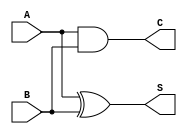
module CarryLookaheadHalfAdder (
    input wire A,    // First single-bit input
    input wire B,    // Second single-bit input
    output wire S,   // Sum output
    output wire C    // Carry output
);

    // Generate (G) and Propagate (P) signals
    wire G;  // Carry Generate
    wire P;  // Carry Propagate

    // Logic for Sum output (S)
    assign S = A ^ B;  // S = A XOR B

    // Logic for Carry output (C)
    assign C = A & B;  // C = A AND B

    // Generate (G) and Propagate (P) are not directly used in outputs,
    // but can be defined for clarity
    assign G = A & B;  // G = A AND B
    assign P = A ^ B;  // P = A XOR B

endmodule